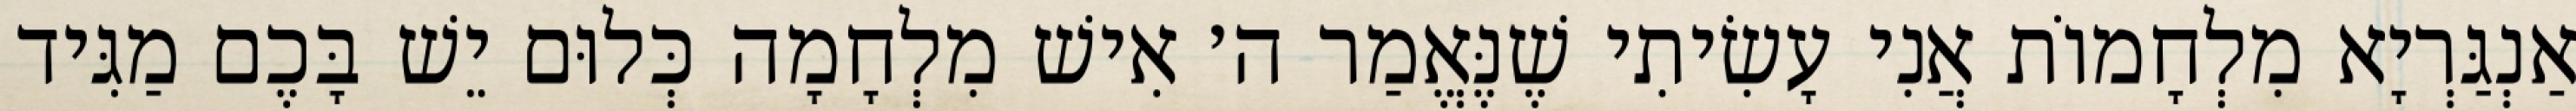
אַנְגַּרְיָא מִלְחָמוֹת אֲנִי עָשִׂיתִי שֶׁנֶּאֱמַר ה׳ אִישׁ מִלְחָמָה כְּלוּם יֵשׁ בָּכֶם מַגִּיד